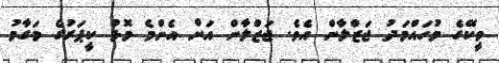
ވީކޭގެ މުހައްމަދު ޖަޒްލާން އެވެ. ޖަޒްލާން އަށް އެންމެ މޮޅު ކީޕަރުގެ މަގާމު